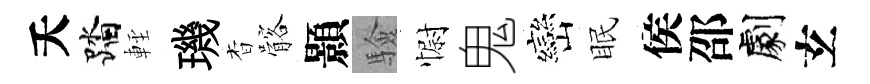
夭踏䡖璣杳髂顥驗𢠢鬼巒眠侯邵劇𤣥